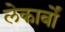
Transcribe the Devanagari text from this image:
लेकार्बों